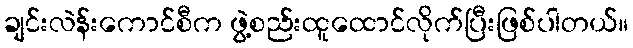
ချင်းလဲန်းကောင်စီက ဖွဲ့စည်းထူထောင်လိုက်ပြီးဖြစ်ပါတယ်။